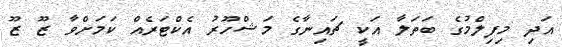
އަދި މިފިލްމުގެ ބަތަލާ އަކީ ޗައިނާގެ މަޝްހޫރު އެކްޓަރެއް ކަމަށްވާ ޒޫ ޒޫ